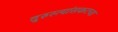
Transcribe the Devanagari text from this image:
दुरुस्त्यांसकटच्या